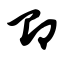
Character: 即